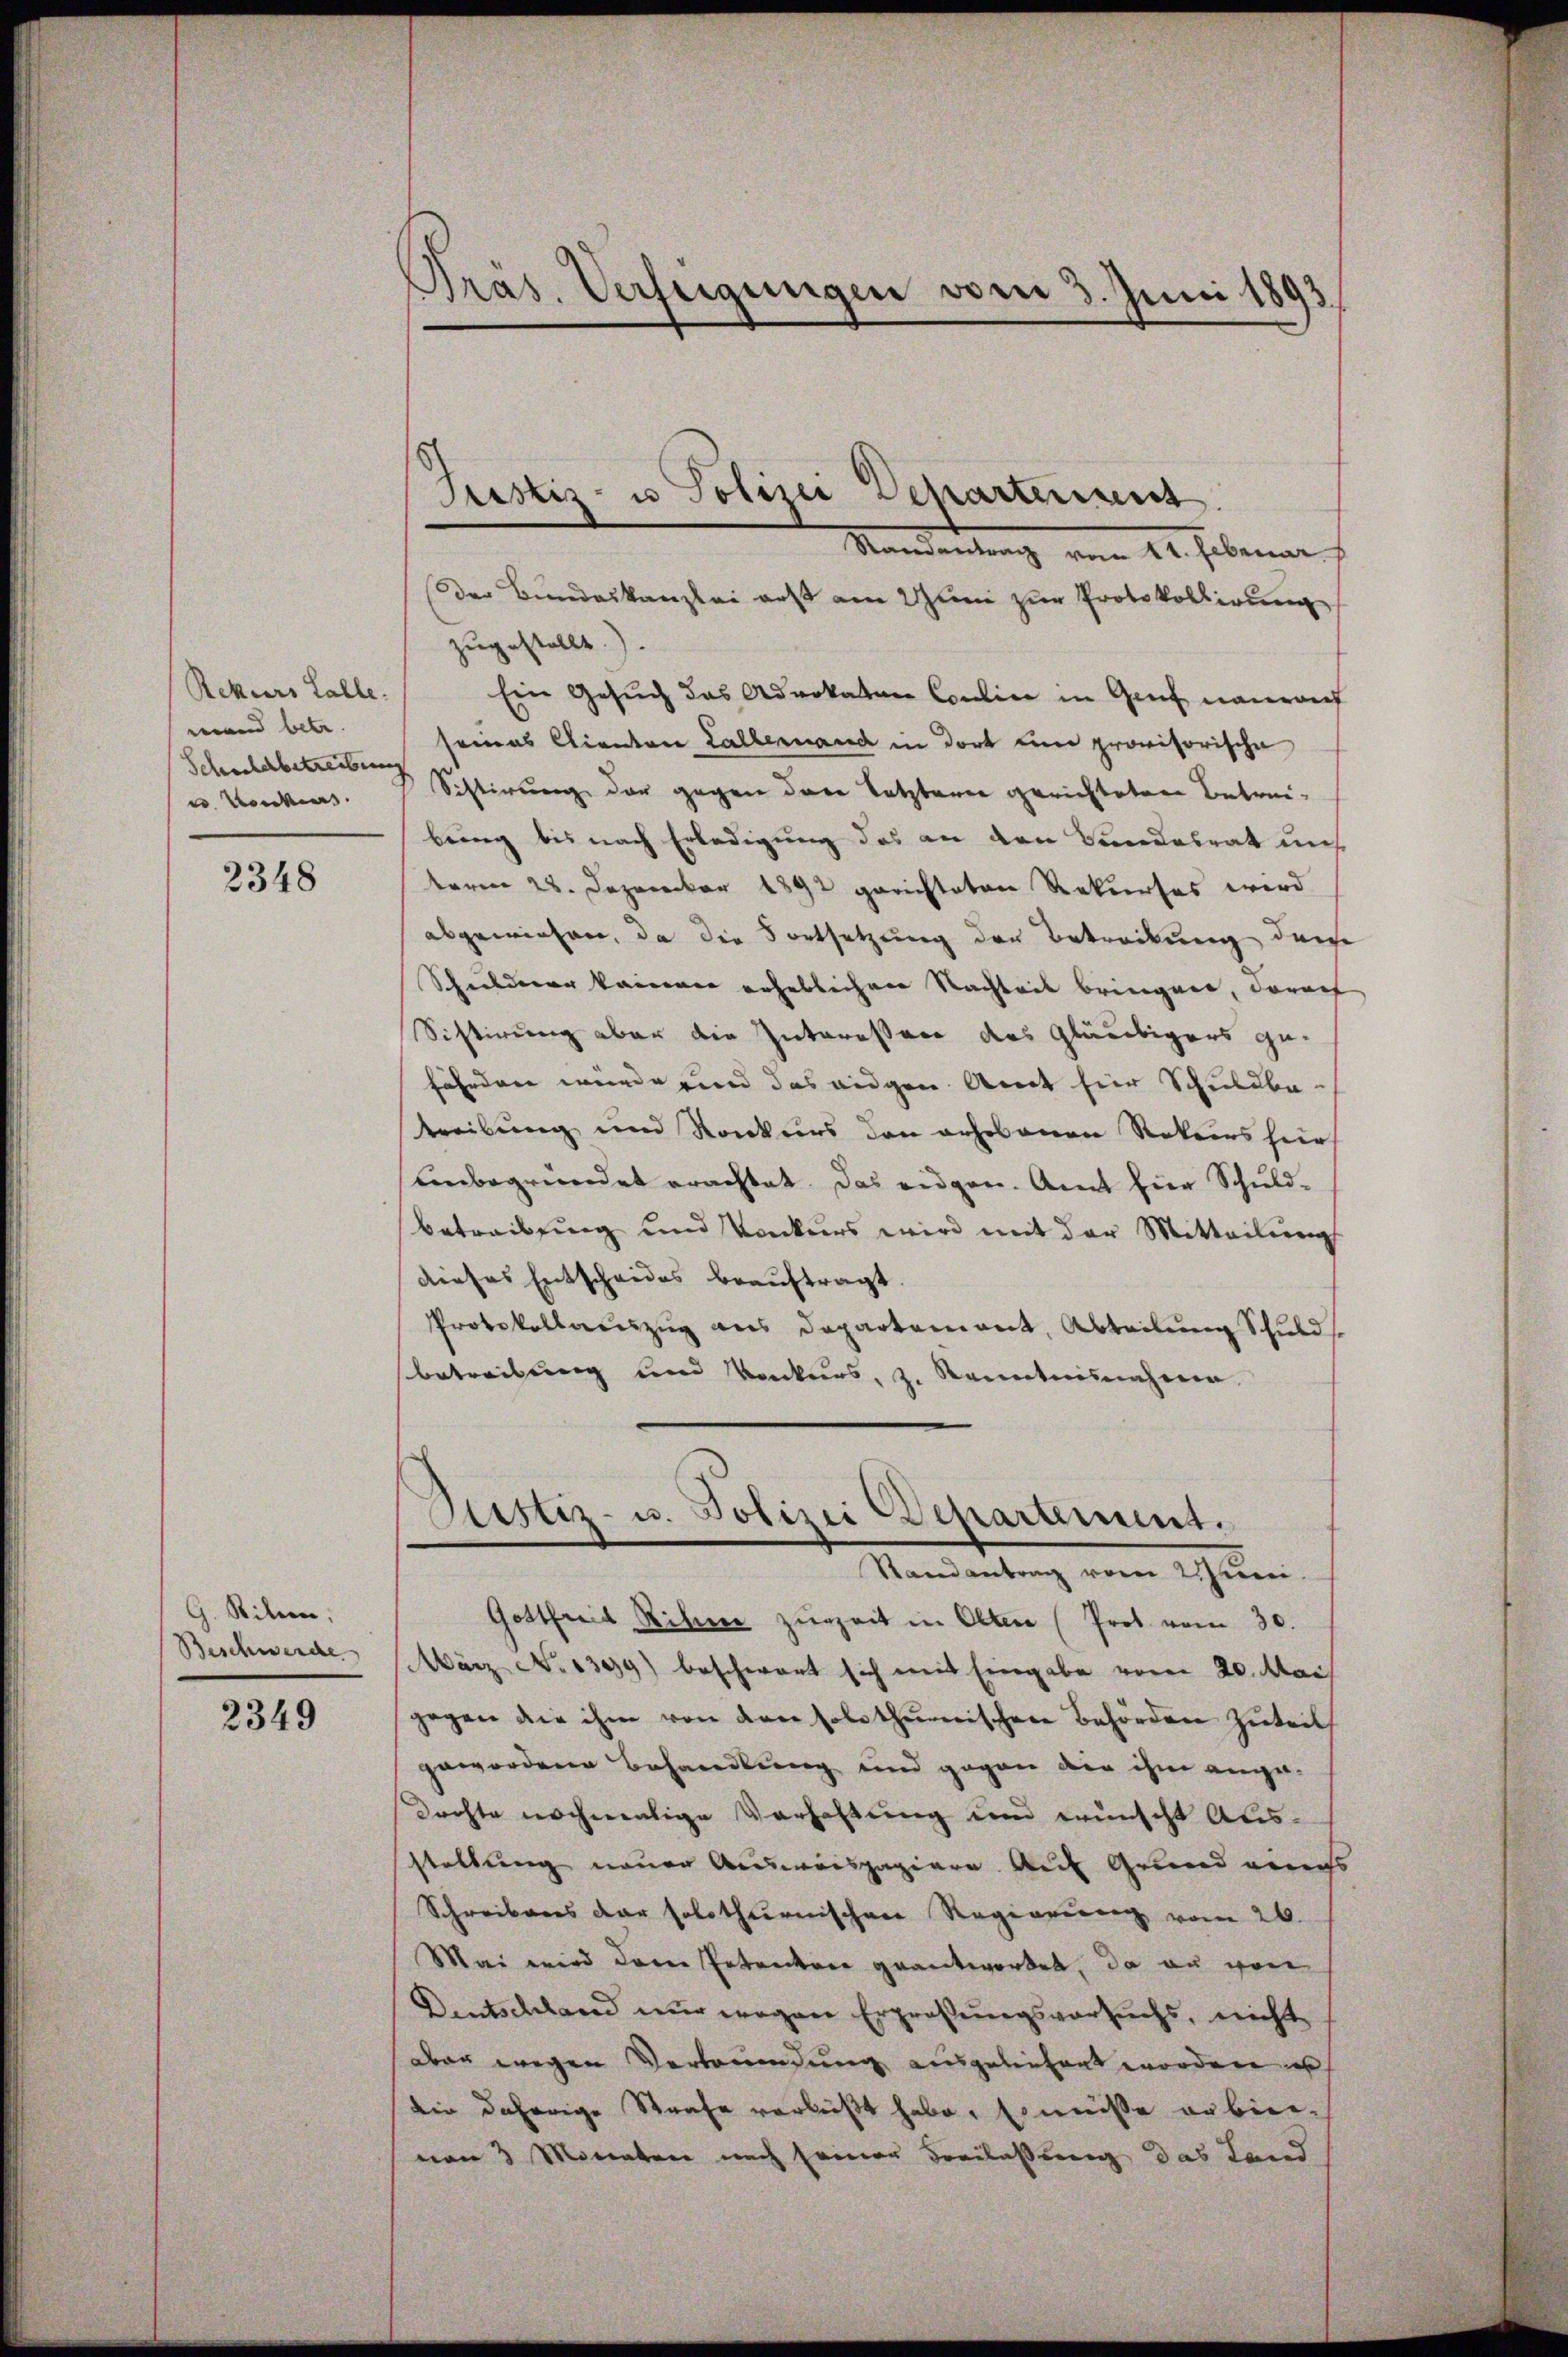
Rekurs Falle.
mand betr.
Schuldbetreibung
e Bodens

2348

G. Rilen,
Beschwerde

2349

Pras. Verfügungen vom 3. Juni 1893

Randantung vom 24. Februar
der Bundeskanzlei erst am 2 Juni zur Protokollirung
zugestellt.
Ein Gesuch das Advokaten Couline in Genf naurauf
seines Clienten Lallemand in dort un provisorische
Sistirung der gegen der Letzterne gerichteten Betreibung bis nach Erledigung das an den Bandesrat uns
term 28. Dezember 1891 gerichteten Rekurses wird
abgewiesen, da die Fortsetzung der Betreckung der
Schilderer kannenen erheblicher Nachteil bringen, darauf
Sistirung aber die Interessere des Gläubigers ge-
fährden würde und das eidgen. Amt für Schuldbe-
treibung und Konkurs den erhobenen Rekurs hier
Unbegründet erachtet. Das eidgen. Amt hier Schuldbetreibung und Konkurs wird mit der Mitteilung
dieses Entscheides beauftragt.
Protokollauszug aus Departement, Abteilung Schulds
betreibung und Konkurs, z. Kenntnisnahme

Justiz- u Polizei Departement

Sistiz- u. Polizei Departement.
Randantrag vom 2. Juni.

Gottfrid Rihre zurzeit in Olten (Prot. vom 30.
März No 1309) beschwart sich mit Eingabe vom 20. Mai
gegen die ihm von den solothŭrischen Behörden Zuteil
gewordene Behandlung und gegen die ihm angedachte nochmalige Verhaltung um wunscht Ausstellung neuer Ausweispapiere Auf Grund eines
Schreibens der solothurnischen Regierung vom 26.
Mai wird dann Petentere geantwortet, da au von
Dentschland nur wegen Erpraßungsversuchs, nicht
aber wegen Verleumdung ausgeliefert worden
Die daherige Strafe verlust habe. Er müße erbier-
von 3 Monaten nach seiner Freilassung das Land